Report of the Municipal Commissioner on the plague in Bombay for the year ending 31st May... - Volume 1
Disease focus: Plague
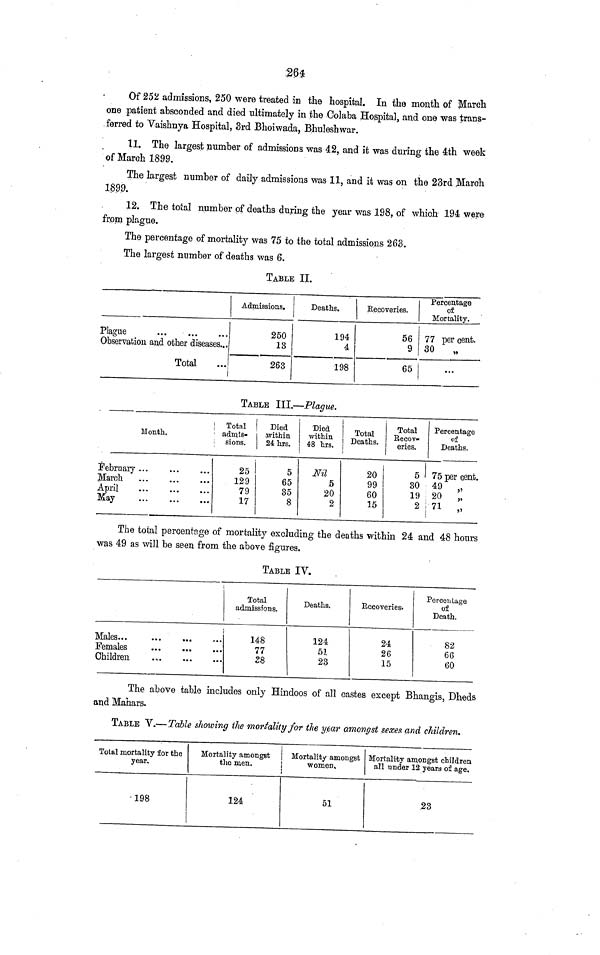
264
Of 252 admissions, 250 were treated in the hospital. In the month of March.
one patient absconded and died ultimately in the Colaba Hospital, and one was trans-
ferred to Vaishnya Hospital, 3rd Bhoiwada, Bhuleshwar.
11. The largest number of admissions was 42, and it was during the 4th week
of March 1899.
The largest number of daily admissions was 11, and it was on the 23rd March
1899.
12. The total number of deaths during the year was 198, of which 194 were
from plague.
The percentage of mortality was 75 to the total admissions 263.
The largest number of deaths was 6.
TABLE II.
Plague
Observation and other diseases...
Total
Admissions.
250
13
263
Deaths.
194
4
198
Recoveries.
56
9
65
Percentage
of
Mortality.
77 per cent.
30
„
TABLE III.—Plague.
Month.
February
March
April
May
...
Total
admis-
sions.
25
129
79
17
Died
within
24 hrs.
5
65
35
8
Died
within
48 hrs.
Nil
5
20
2
Total
Deaths.
20
99
60
15
Total
Eecov"
eries.
5
Percentage
of
Deaths.
75 per cent.
30 49 „
19 20
„
2 71 „
The total percentage of mortality excluding the deaths within 24 and 48 hours
was 49 as will be seen from the above figures,
TABLE IV.
Males...
Females
Children
Total
admissions.
148
77
28
Deaths.
124
51
23
Recoveries.
24
26
15
Percentage
of
Death.
82
66
60
The above table includes only Hindoos of all castes except Bhangis, Dheds
and Mahars.
TABLE V.—Table showing the mortality for the year amongst sexes and children.
Total mortality for the
year.
198
Mortality amongst
the men.
124
Mortality amongst
women.
51
Mortality amongst children
all under 12 years of age.
23